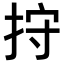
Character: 𢬇